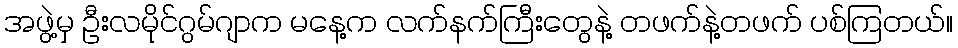
အဖွဲ့မှ ဦးလမိုင်ဂွမ်ဂျာက မနေ့က လက်နက်ကြီးတွေနဲ့ တဖက်နဲ့တဖက် ပစ်ကြတယ်။